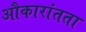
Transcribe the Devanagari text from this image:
औकारांतता